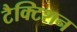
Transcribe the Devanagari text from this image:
टैक्टिशन